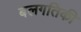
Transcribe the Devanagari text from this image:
बलगतिकी